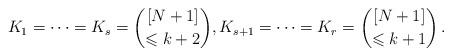
LaTeX: \begin{align*}K_1 = \dots = K_s = {[N+1]\choose \leqslant k+2}, K_{s+1} = \dots = K_r = {[N+1]\choose \leqslant k+1} \, .\end{align*}